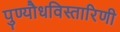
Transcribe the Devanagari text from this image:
पुण्यौधविस्तारिणी